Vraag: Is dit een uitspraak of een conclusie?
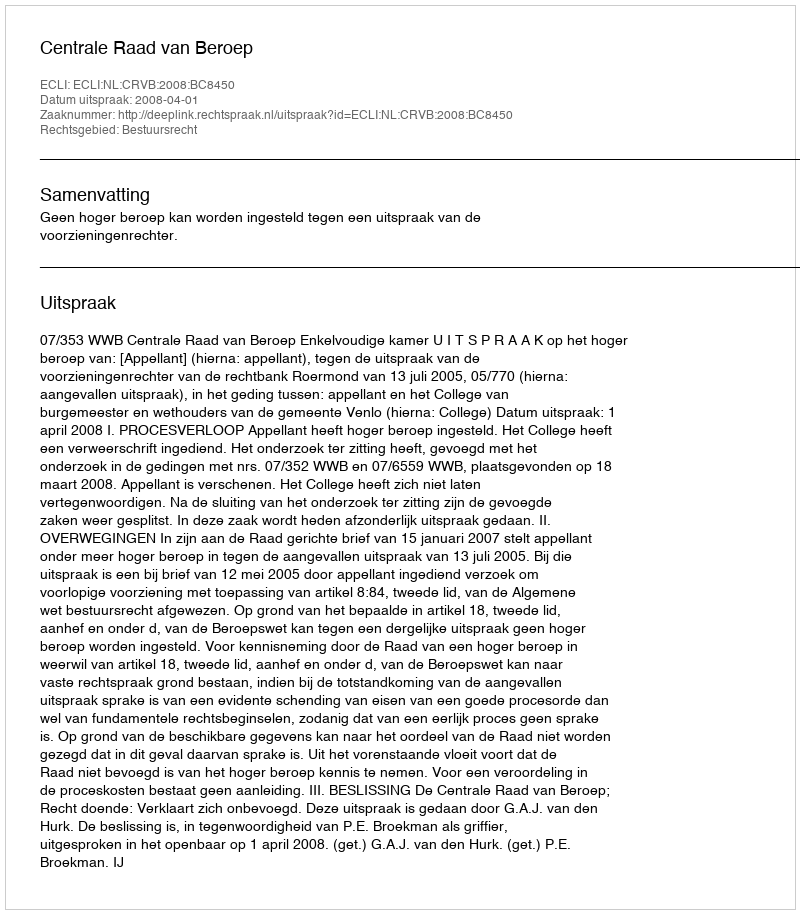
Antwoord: Uitspraak